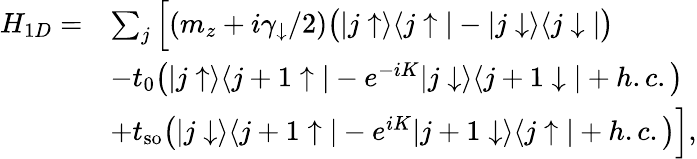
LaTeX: \begin{array}{rl}{H_{1D}=}&{\sum_{j}\Big[(m_{z}+i\gamma_{\downarrow}/2)\bigr(|j\uparrow\rangle\langle j\uparrow|-|j\downarrow\rangle\langle j\downarrow|\bigr)}\\ &{-t_{0}\bigr(|j\uparrow\rangle\langle j+1\uparrow|-e^{-iK}|j\downarrow\rangle\langle j+1\downarrow|+h.c.\bigr)}\\ &{+t_{\mathrm{so}}\bigr(|j\downarrow\rangle\langle j+1\uparrow|-e^{iK}|j+1\downarrow\rangle\langle j\uparrow|+h.c.\bigr)\Big],}\end{array}